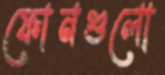
ফোনগুলো